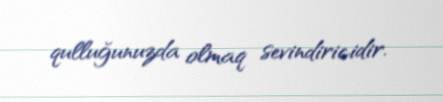
qulluğunuzda olmaq sevindiricidir.